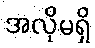
အလိုမရှိ